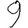
Digit: 9